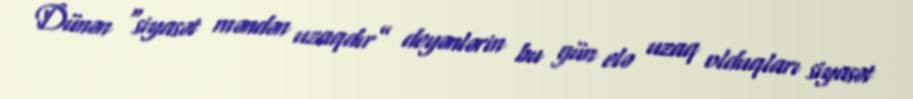
Dünən “siyasət məndən uzaqdır” deyənlərin bu gün elə uzaq olduqları siyasət